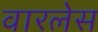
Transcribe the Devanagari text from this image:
वारलेस